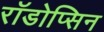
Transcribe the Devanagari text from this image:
रॉडोप्सिन